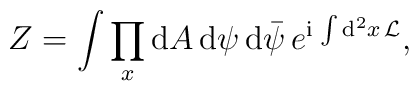
Z = \int \prod_x {\rm d}A \, {\rm d}\psi \, {\rm d}{\bar \psi} \,    e^{{\rm i} \, \int {\rm d}^2x \, {\cal L}},